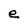
Character: e